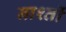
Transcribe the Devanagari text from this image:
नाश्तों